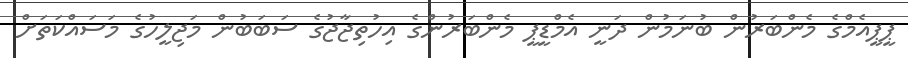
ޕީޕީއެމްގެ މެންބަރުން ބުނަމުން ދަނީ އެމްޑީޕީ މެންބަރުންގެ އިހުތިޖާޖުގެ ސަބަބުން މަޖިލީހުގެ މަސައްކަތަށް